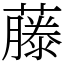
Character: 藤